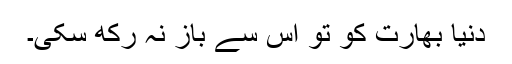
دُنیا بھارت کو تو اِس سے باز نہ رکھ سکی۔